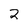
Character: 2